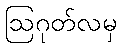
ဩဂုတ်လမှ